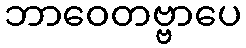
ဘာဝေတဗ္ဗာပေ